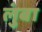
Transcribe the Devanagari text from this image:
लुंबा